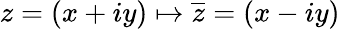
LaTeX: z=(x+iy)\mapsto{\overline{{z}}}=(x-iy)